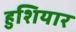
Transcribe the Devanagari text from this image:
हुशियार